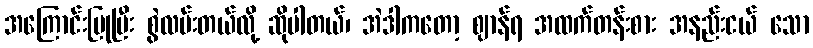
အကြောင်းပြုပြီး စွဲလမ်းတယ်လို့ ဆိုပါတယ်၊ အဲဒါကတော့ ဈာန်ရ အထက်တန်းစား အနည်းငယ် သော